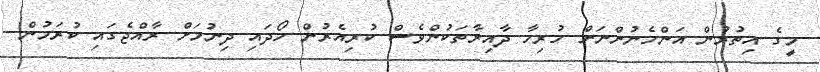
މީގެ އިތުރުން އަންހެނުންނަށް ހުރިހާ ދާއިރާތަކުންވެސް ކުރިއެރުން ހޯދައި ދިނުމަށް ރާއްޖެގައި ކުރަމުން